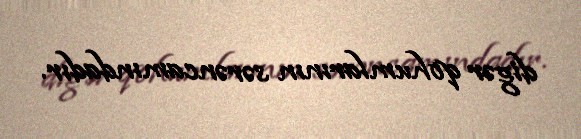
digər qohumlarının sərəncamındadır.